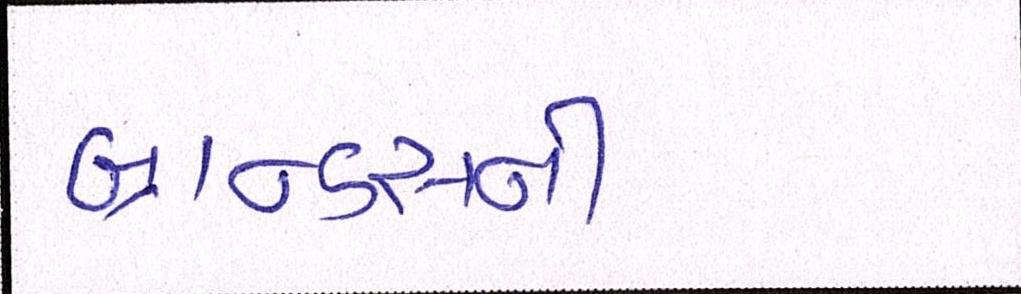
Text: બ્રાન્ડ્સની